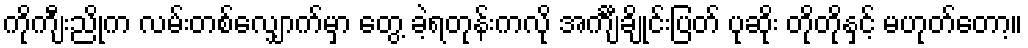
ကိုကျီးညိုက လမ်းတစ်လျှောက်မှာ တွေ့ ခဲ့ရတုန်းကလို အင်္ကျီချိုင်းပြတ် ပုဆိုး တိုတိုနှင့် မဟုတ်တော့။